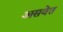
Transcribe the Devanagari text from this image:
असवेत